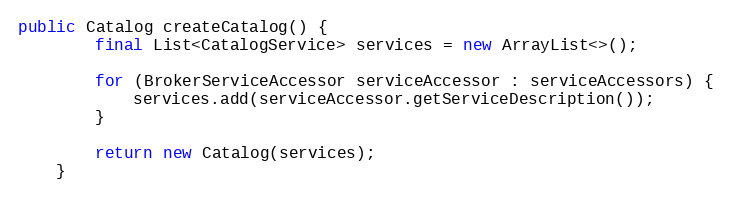
Language: Java
public Catalog createCatalog() {
        final List<CatalogService> services = new ArrayList<>();

        for (BrokerServiceAccessor serviceAccessor : serviceAccessors) {
            services.add(serviceAccessor.getServiceDescription());
        }

        return new Catalog(services);
    }